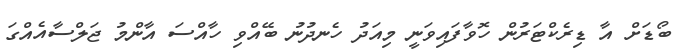
ބޯޑަށް އާ ޑިރެކްޓަރުން ހޮވާފައިވަނީ މިއަދު ހެނދުނު ބޭއްވި ހާއްސަ އާންމު ޖަލްސާއެއްގަ